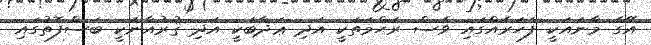
އޭގެ މާނައަކީ ފަހަރެއްގައި ވެސް ރަޙްމަތަކީ އަދި ޢަޛާބަކީ އަދި ޤުރުއާނަކީ ބަސްފޮތުގައި